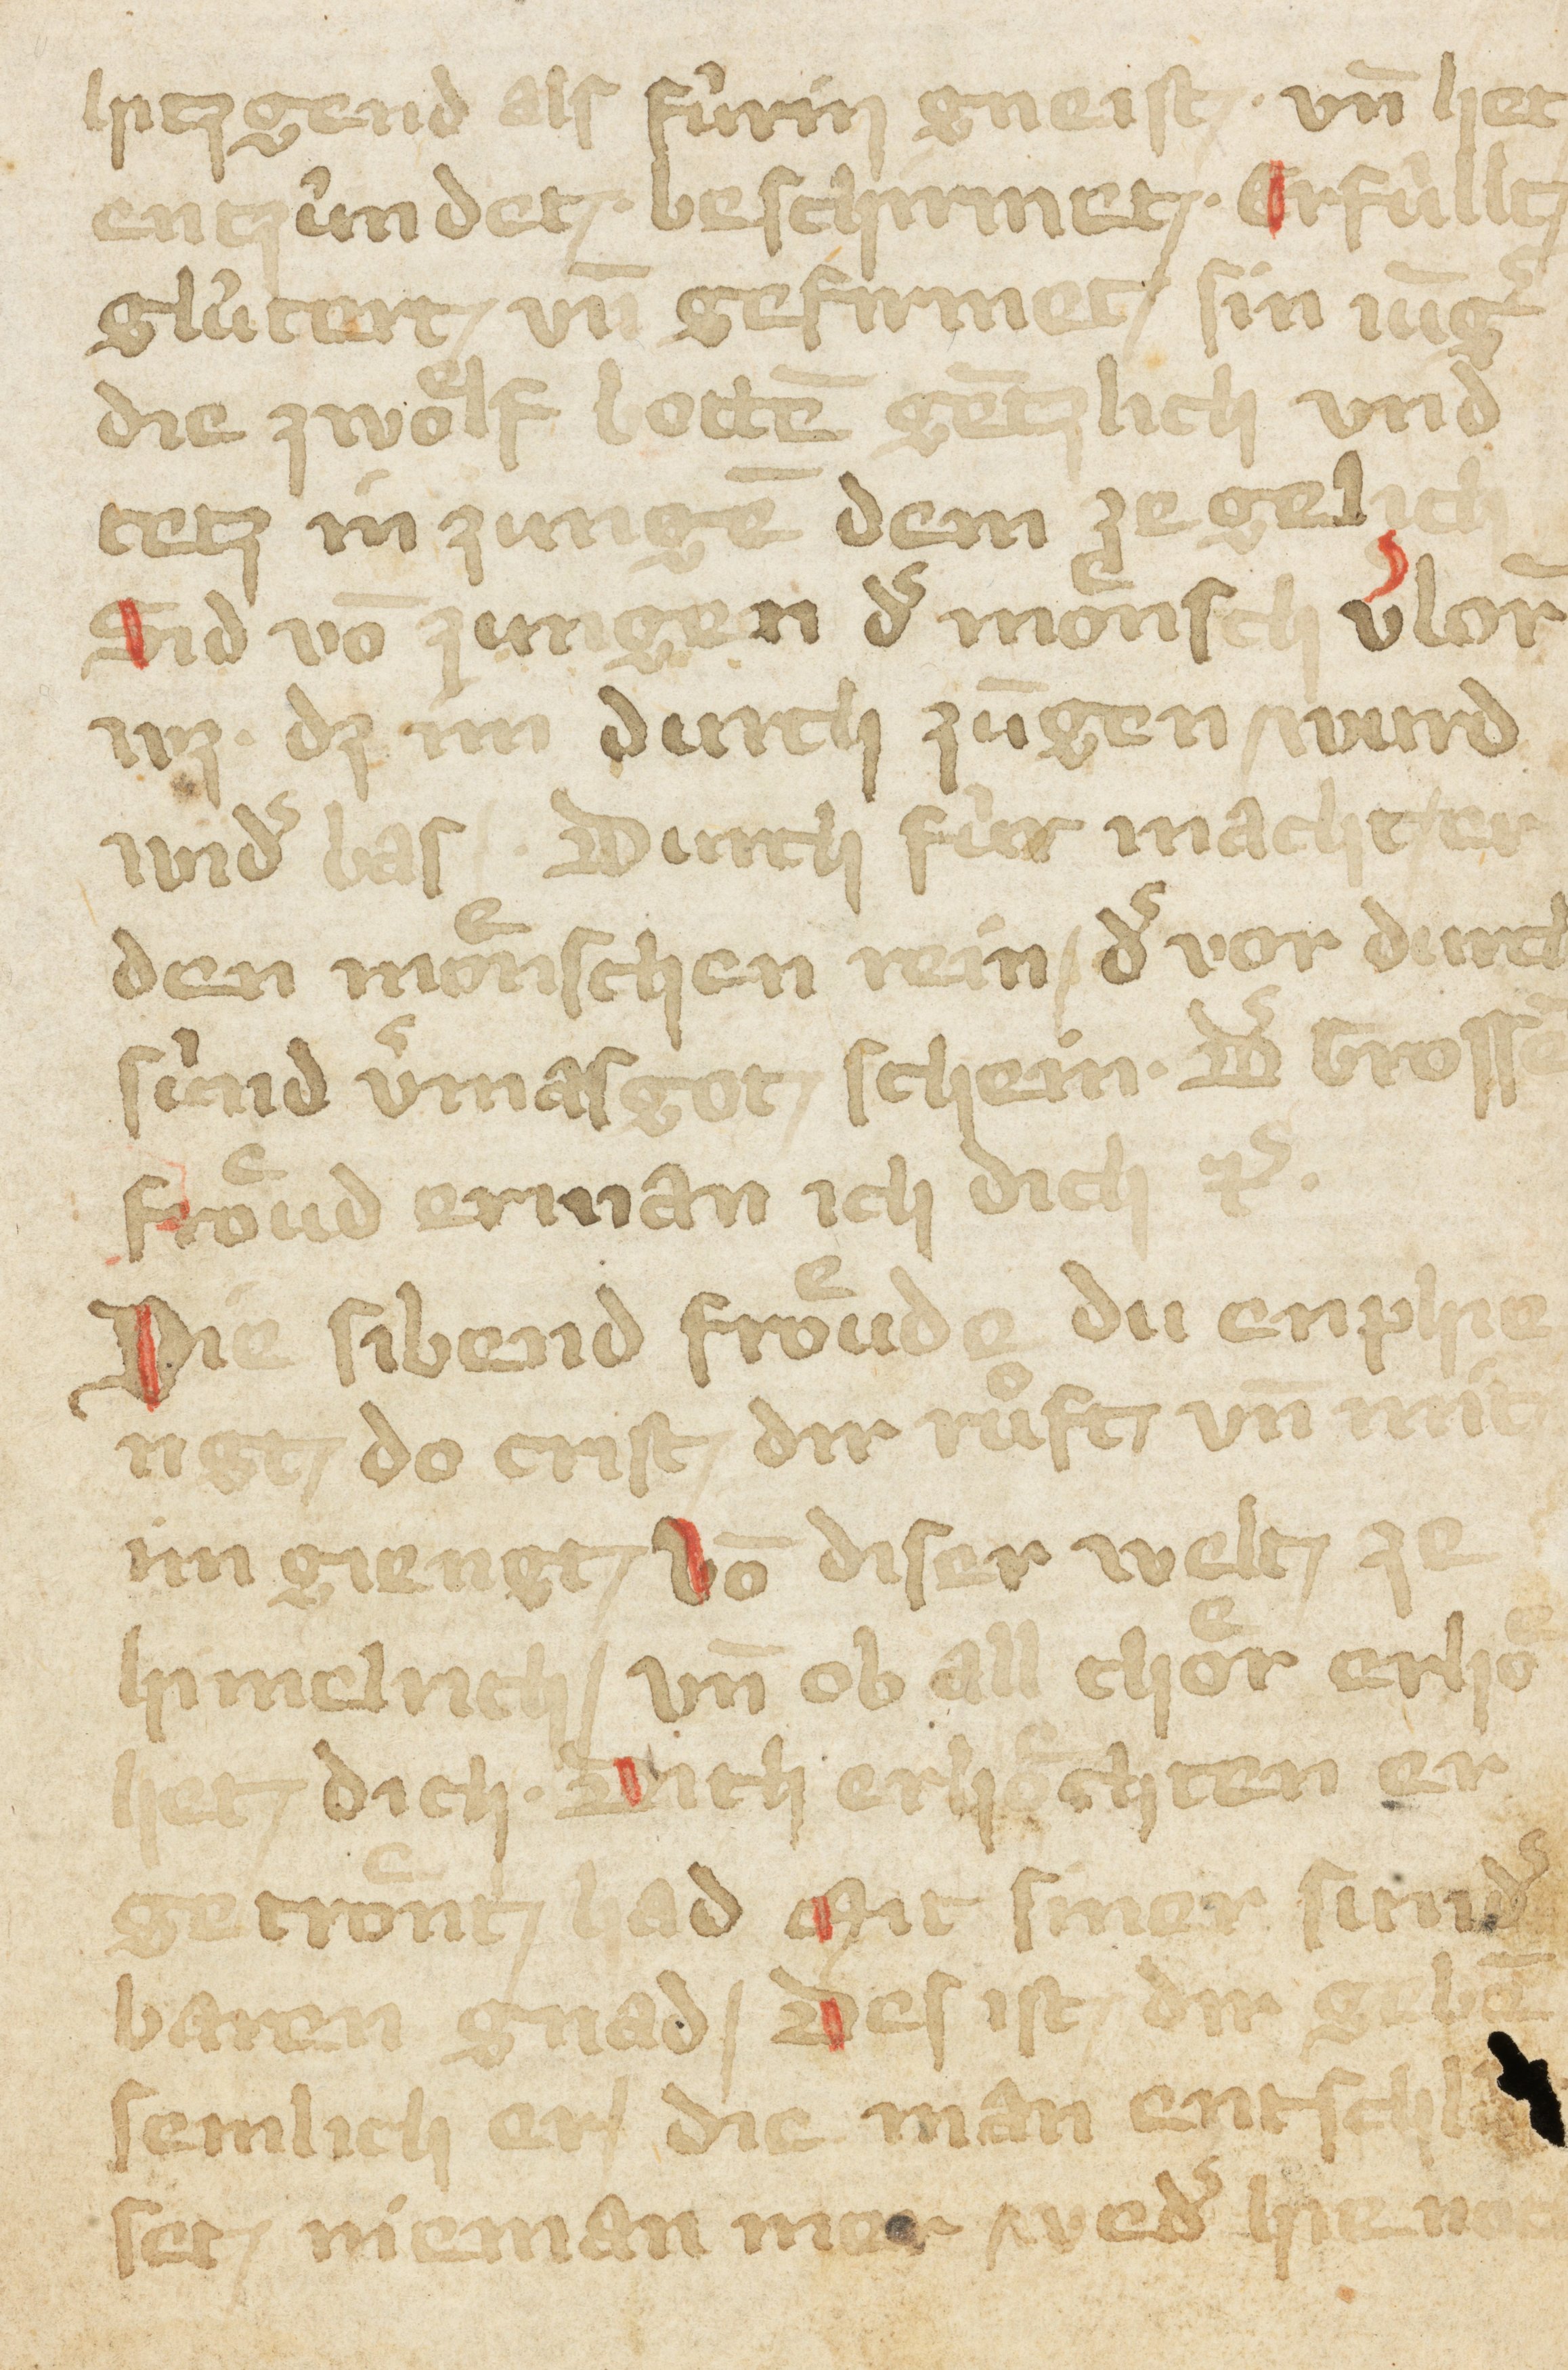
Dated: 1400–1424